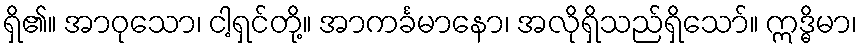
ရှိ၏။ အာဝုသော၊ ငါ့ရှင်တို့။ အာကင်္ခမာနော၊ အလိုရှိသည်ရှိသော်။ ဣဒ္ဓိမာ၊